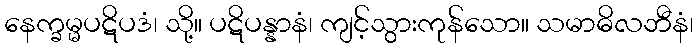
နေက္ခမ္မပဋိပဒံ၊ သို့။ ပဋိပန္နာနံ၊ ကျင့်သွားကုန်သော။ သမာဓိလဘီနံ၊